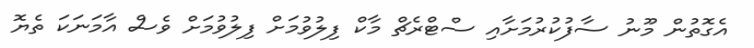
އެގޮތުން މޫނު ސާފުކުރުމަށާއި ސްޓްރެޗް މާކް ފިލުވުމަށް ފިލުވުމަށް ވެސް އާމަނަކަ ތެޔޮ